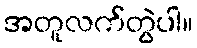
အတူလက်တွဲပါ။